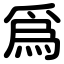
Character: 爲